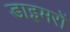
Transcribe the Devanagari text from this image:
डाइमरों